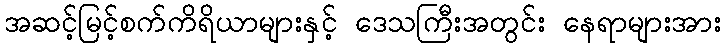
အဆင့်မြင့်စက်ကိရိယာများနှင့် ဒေသကြီးအတွင်း နေရာများအား